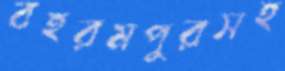
বহরমপুরসহ